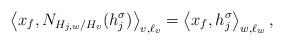
LaTeX: \begin{align*} \left\langle x_f, N_{H_{j,w}/H_v}(h^\sigma_j)\right\rangle_{v, \ell_v} = \left\langle x_f, h^\sigma_j \right\rangle_{w, \ell_w},\end{align*}